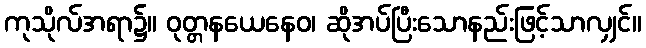
ကုသိုလ်အရာ၌။ ဝုတ္တနယေနေဝ၊ ဆိုအပ်ပြီးသောနည်းဖြင့်သာလျှင်။